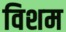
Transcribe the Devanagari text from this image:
विशम